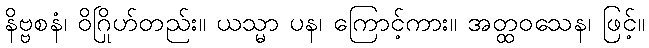
နိဗ္ဗစနံ၊ ဝိဂြိုဟ်တည်း။ ယသ္မာ ပန၊ ကြောင့်ကား။ အတ္ထဝသေန၊ ဖြင့်။